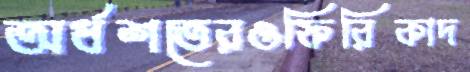
অর্ধশতেরওফিরিকাদ